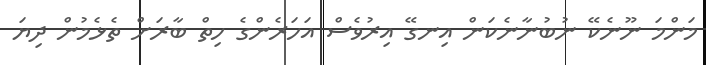
މަންމަ ނޫނެކޭ ނުބުނާނެކަން އިނގޭ އިރުވެސް އަހަރެންގެ ހިތް ބާރަށް ތެޅެމުން ދިޔަ